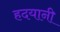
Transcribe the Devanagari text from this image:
हदयानी